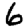
Digit: 6